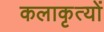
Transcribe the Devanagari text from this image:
कलाकृत्यों